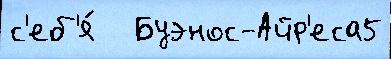
с'еб'я́   Буэнос-Айр'еса5